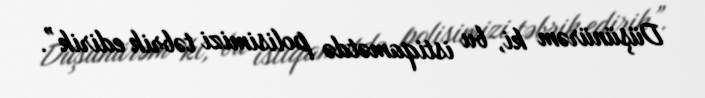
Düşünürəm ki, bu istiqamətdə polisimizi təbrik edirik”.